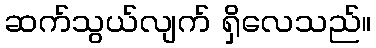
ဆက်သွယ်လျက် ရှိလေသည်။